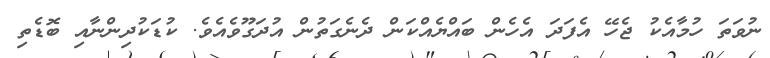
ނުވަތަ ހުމާއެކު ޖެހޭ އެފަދަ އެހެން ބައްޔެއްކަން ދެނެގަތުން އުދަގޫވެއެވެ. ކުޑަކުދިންނާއި ބޮޑެތި